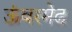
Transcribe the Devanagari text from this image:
ऊंबरमेढ